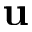
\mathbf { u }